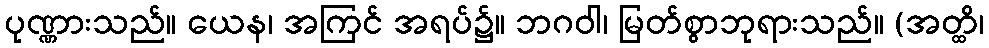
ပုဏ္ဏားသည်။ ယေန၊ အကြင် အရပ်၌။ ဘဂဝါ၊ မြတ်စွာဘုရားသည်။ (အတ္ထိ၊